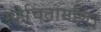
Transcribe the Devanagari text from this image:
ग्रहचिंतामणि।